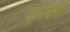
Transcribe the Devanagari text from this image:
यारको